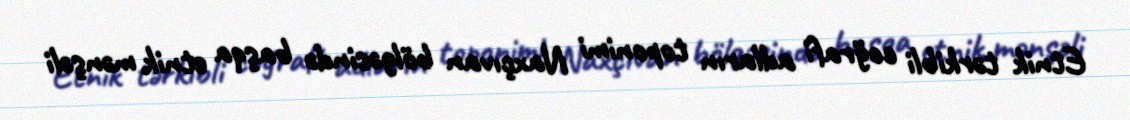
Etnik tərkibli coğrafi adların toponimi Naxçıvan bölgəsində başqa etnik mənşəli